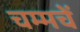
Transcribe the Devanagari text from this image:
चम्मचें